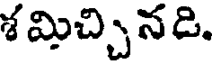
శమిచ్చినడి.